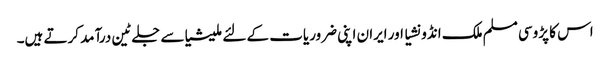
اس کا پڑوسی مسلم ملک انڈونشیا اور ایران اپنی ضروریات کے لئے ملیشیاسے جلے ٹین درآمد کرتے ہیں۔